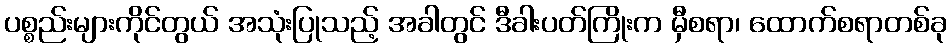
ပစ္စည်းများကိုင်တွယ် အသုံးပြုသည့် အခါတွင် ဒီခါးပတ်ကြိုးက မှီစရာ၊ ထောက်စရာတစ်ခု